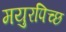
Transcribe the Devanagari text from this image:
मयुरपिच्छ